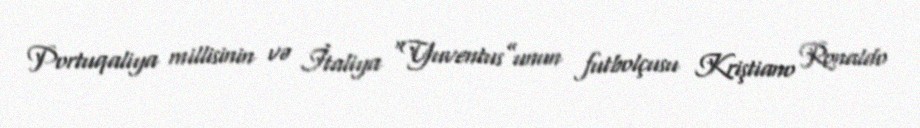
Portuqaliya millisinin və İtaliya “Yuventus”unun futbolçusu Kriştiano Ronaldo